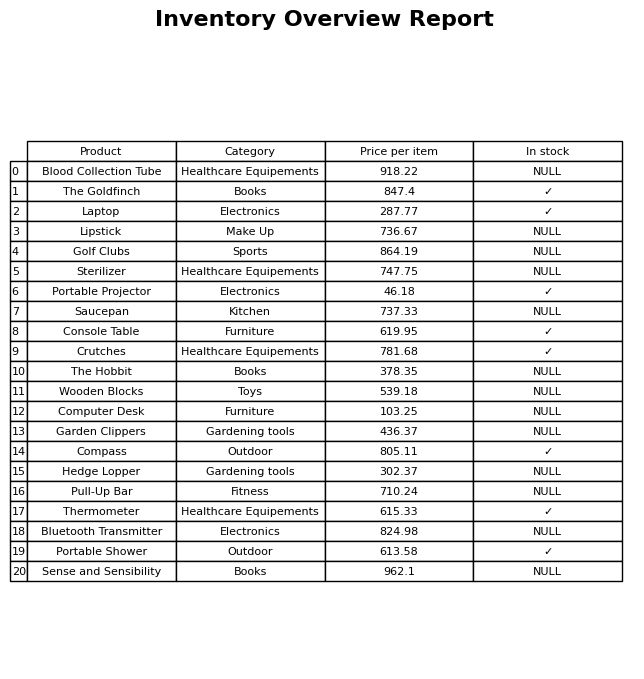
question: Is the Blood Collection Tube in stock?
answer: NULL